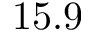
1 5 . 9